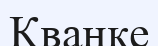
Кванке